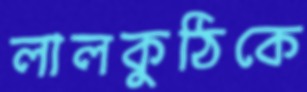
লালকুঠিকে